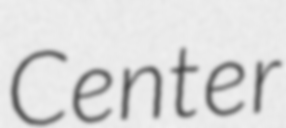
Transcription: Center